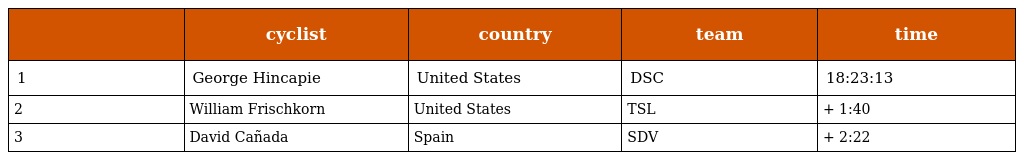
|  | cyclist | country | team | time |
 | --- | --- | --- | --- | --- |
 | 1 | George Hincapie | United States | DSC | 18:23:13 |
 | 2 | William Frischkorn | United States | TSL | + 1:40 |
 | 3 | David Cañada | Spain | SDV | + 2:22 |